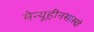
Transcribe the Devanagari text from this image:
मेन्यूहीनसारखे